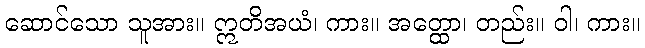
ဆောင်သော သူအား။ ဣတိအယံ၊ ကား။ အတ္ထော၊ တည်း။ ဝါ၊ ကား။